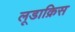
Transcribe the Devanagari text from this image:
लूडाक्रिस